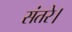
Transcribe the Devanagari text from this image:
संतरे।